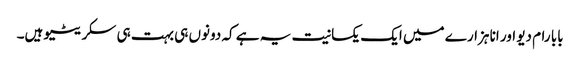
بابا رام دیو اور انا ہزارے میں ایک یکسانیت یہ ہے کہ دونوں ہی بہت ہی سکریٹیو ہیں۔